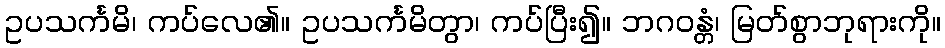
ဥပသင်္ကမိ၊ ကပ်လေ၏။ ဥပသင်္ကမိတွာ၊ ကပ်ပြီး၍။ ဘဂဝန္တံ၊ မြတ်စွာဘုရားကို။